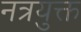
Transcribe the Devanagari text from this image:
नत्रयुक्त